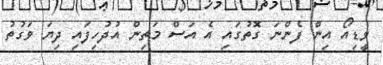
ވީޑިއޯ އިން ފެންނަ ގޮތުގައި އެ އަސް މަތިން އުދުހިފައި ދިޔަ ވަގުތު